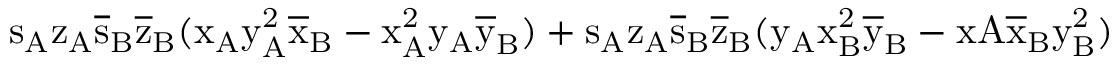
\mathrm { s _ { A } \mathrm { z _ { A } \mathrm { \overline { { s } } _ { B } \mathrm { \overline { { z } } _ { B } ( \mathrm { x _ { A } \mathrm { y _ { A } ^ { 2 } \mathrm { \overline { { x } } _ { B } - \mathrm { x _ { A } ^ { 2 } \mathrm { y _ { A } \mathrm { \overline { { y } } _ { B } ) + \mathrm { s _ { A } \mathrm { z _ { A } \mathrm { \overline { { s } } _ { B } \mathrm { \overline { { z } } _ { B } ( \mathrm { y _ { A } \mathrm { x _ { B } ^ { 2 } \mathrm { \overline { { y } } _ { B } - x A \mathrm { \overline { { x } } _ { B } \mathrm { y _ { B } ^ { 2 } ) } } } } } } } } } } } } } } } } } } }